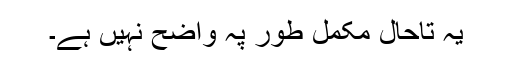
یہ تاحال مکمل طور پہ واضح نہیں ہے۔